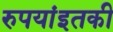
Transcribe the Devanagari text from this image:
रुपयांइतकी